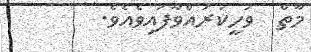
މާތް  ވަހީކުރައްވާފައިވެއެވެ.